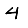
Digit: 4